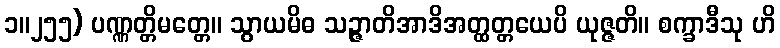
၁။၂၅၅) ပဏ္ဏတ္တိမတ္တေ။ သွာယမိဓ သဉ္ဇာတိအာဒိအတ္ထတ္တယေပိ ယုဇ္ဇတိ။ စက္ခာဒီသု ဟိ